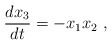
\begin{align*}\frac{d x_3}{d t} = -x_1 x_2 ~, \end{align*}